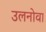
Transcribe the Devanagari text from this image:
उलनोवा